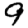
Digit: 9